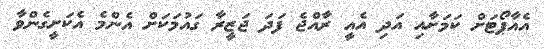
އެއާޕޯޓަށް ކަމަށާއި އަދި އެއީ ރާއްޖެ ފަދަ ޖަޒީރާ ގައުމަކަށް އެންމެ އެކަށީގެންވާ